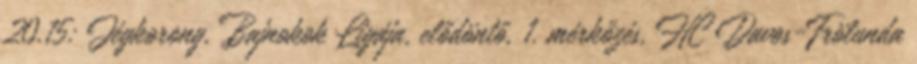
20.15: Jégkorong, Bajnokok Ligája, elődöntő, 1. mérkőzés, HC Davos-Frölunda